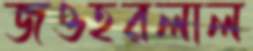
জওহরলাল